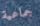
جماعية